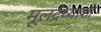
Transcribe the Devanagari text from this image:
मूलद्रव्याशी